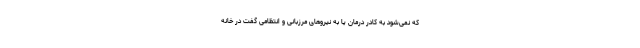
که نمی‌شود به کادر درمان یا به نیروهای مرزبانی و انتظامی گفت در خانه